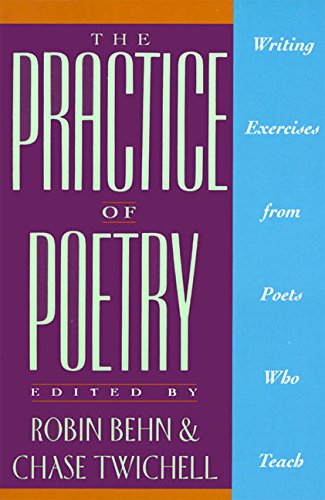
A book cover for The Practice of Poetry: Writing Exercises From Poets Who Teach; Robin Behn; Literature & Fiction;